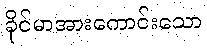
ခိုင်မာအားကောင်းသော